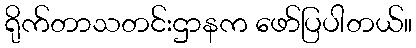
ရိုက်တာသတင်းဌာနက ဖော်ပြပါတယ်။